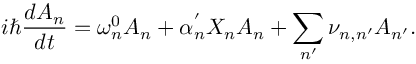
i \hbar \frac { d A _ { n } } { d t } = \omega _ { n } ^ { 0 } A _ { n } + \alpha _ { n } ^ { ' } X _ { n } A _ { n } + \sum _ { n ^ { \prime } } { \nu _ { n , n ^ { \prime } } A _ { n ^ { \prime } } } .